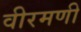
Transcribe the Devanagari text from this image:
वीरमणी